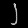
Digit: ၂